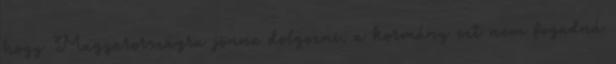
hogy Magyarországra jönne dolgozni, a kormány ezt nem fogadná